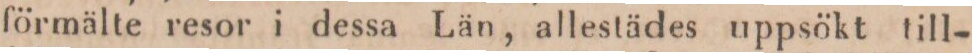
förmälte resor i dessa Län, allestädes uppsökt till-